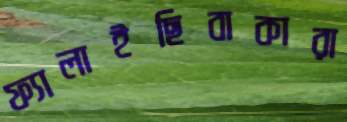
ফ্যালাইছিবাকারা